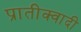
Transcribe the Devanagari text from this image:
प्रातीक्वादी